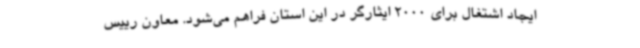
ایجاد اشتغال برای 2000 ایثارگر در این استان فراهم می‌شود. معاون رییس